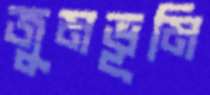
জুমভূমি